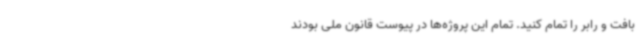
بافت و رابر را تمام کنید. تمام این پروژه‌ها در پیوست قانون ملی بودند